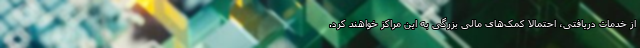
از خدمات دریافتی، احتمالا کمک‌های مالی بزرگی به این مراکز خواهند کرد.